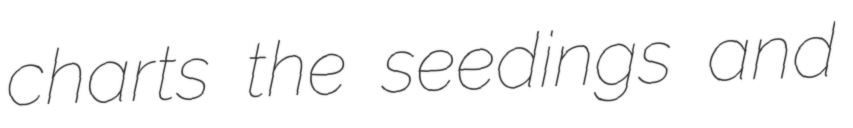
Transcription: charts the seedings and